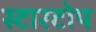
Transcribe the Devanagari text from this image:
स्टारटोप